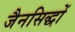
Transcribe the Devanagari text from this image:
जैनसिद्धों